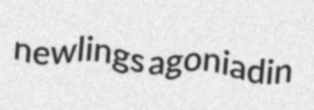
newlings agoniadin